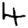
Digit: 4